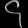
Digit: ၄